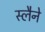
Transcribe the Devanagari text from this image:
स्लैने